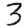
Digit: 3